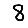
Digit: 8